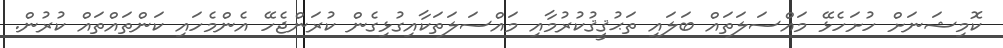
ކޮމިޝަނަށް ހުށަހެޅޭ މައްސަލަތައް ބަލައި ތަޙުޤީޤުކުރުމާއި މައްސަލަތަކާއިގުޅިގެން ކުރަންޖެހޭ އެންމެހައި ކަންތައްތައް ކުރުން.